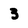
Character: 3